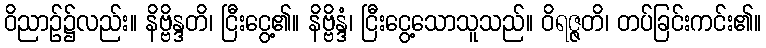
ဝိညာဉ်၌လည်း။ နိဗ္ဗိန္ဒတိ၊ ငြီးငွေ့၏။ နိဗ္ဗိန္ဒံ၊ ငြီးငွေ့သောသူသည်။ ဝိရဇ္ဇတိ၊ တပ်ခြင်းကင်း၏။